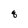
Character: q